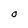
Character: O